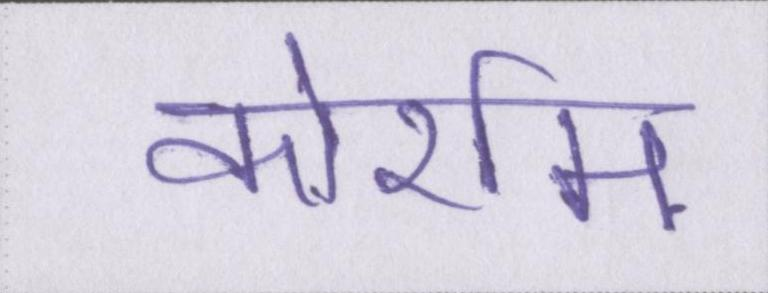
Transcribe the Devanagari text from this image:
कोर्राम